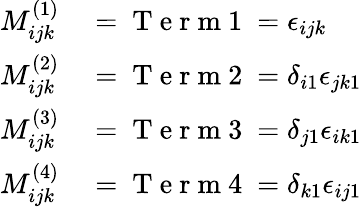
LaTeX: \begin{array}{rl}{M_{ijk}^{(1)}}&{{}=\mathrm{~T~e~r~m~1~}=\epsilon_{ijk}}\\ {M_{ijk}^{(2)}}&{{}=\mathrm{~T~e~r~m~2~}=\delta_{i1}\epsilon_{jk1}}\\ {M_{ijk}^{(3)}}&{{}=\mathrm{~T~e~r~m~3~}=\delta_{j1}\epsilon_{ik1}}\\ {M_{ijk}^{(4)}}&{{}=\mathrm{~T~e~r~m~4~}=\delta_{k1}\epsilon_{ij1}}\end{array}